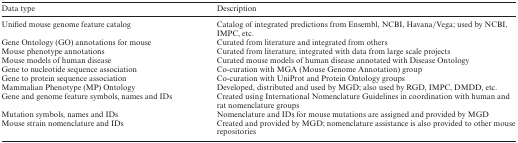
| Data type | Description |
 | --- | --- |
 | Unified mouse genome feature catalog | Catalog of integrated predictions from Ensembl, NCBI, Havana/Vega; used by NCBI, IMPC, etc. |
 | Gene Ontology (GO) annotations for mouse | Curated from literature and integrated from others |
 | Mouse phenotype annotations | Curated from literature, integrated with data from large scale projects |
 | Mouse models of human disease | Curated mouse models of human disease annotated with Disease Ontology |
 | Gene to nucleotide sequence association | Co-curation with MGA (Mouse Genome Annotation) group |
 | Gene to protein sequence association | Co-curation with UniProt and Protein Ontology groups |
 | Mammalian Phenotype (MP) Ontology | Developed, distributed and used by MGD; also used by RGD, IMPC, DMDD, etc. |
 | Gene and genome feature symbols, names and IDs | Created using International Nomenclature Guidelines in coordination with human and rat nomenclature groups |
 | Mutation symbols, names and IDs | Nomenclature and IDs for mouse mutations are assigned and provided by MGD |
 | Mouse strain nomenclature and IDs | Created and provided by MGD; nomenclature assistance is also provided to other mouse repositories |